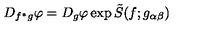
D _ { f ^ { \ast } g } \varphi = D _ { g } \varphi \exp { \tilde { S } ( f ; g _ { \alpha \beta } ) }